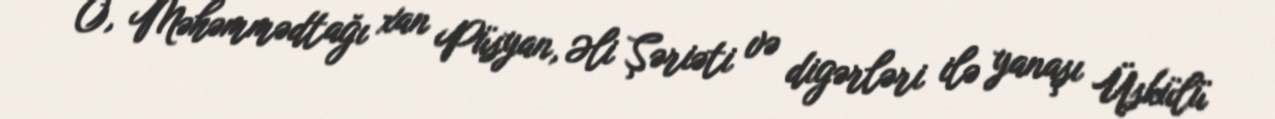
O, Məhəmmədtağı xan Püsyan, Əli Şəriəti və digərləri ilə yanaşı Üskülü